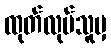
ထုတ်လုပ်သူမှ